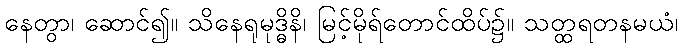
နေတွာ၊ ဆောင်၍။ သိနေရုမုဒ္ဓိနိ၊ မြင့်မိုရ်တောင်ထိပ်၌။ သတ္ထရတနမယံ၊